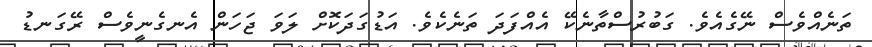
ތަނެއްވެސް ނޭގެއެވެ. ގަބުރުސްތާނެކޭ އެއްފަދަ ތަނެކެވެ. އަޑުގަދަކޮށް ލަވަ ޖަހަން އެނގެނީވެސް ރޭގަނޑު